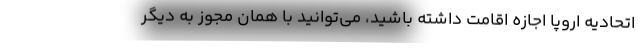
اتحادیه اروپا اجازه اقامت داشته باشید، می‌توانید با همان مجوز به دیگر